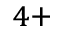
^ { 4 + }